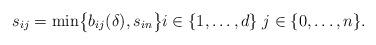
LaTeX: \begin{align*}s_{ij} = \min\bigl\{b_{ij}(\delta),s_{in}\bigr\} i \in \{1, \ldots, d\}\; j \in \{0, \ldots, n \}.\end{align*}